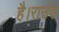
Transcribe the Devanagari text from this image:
है।राउंड